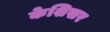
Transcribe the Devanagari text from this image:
केशिखर